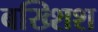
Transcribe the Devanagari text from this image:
बख्शिश